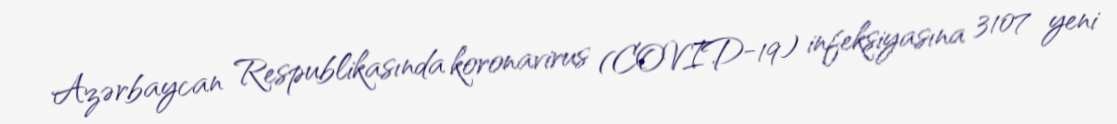
Azərbaycan Respublikasında koronavirus (COVID-19) infeksiyasına 3107 yeni